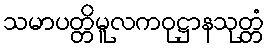
သမာပတ္တိမူလကဝုဋ္ဌာနသုတ္တံ